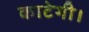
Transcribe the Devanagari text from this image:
काटेगी।